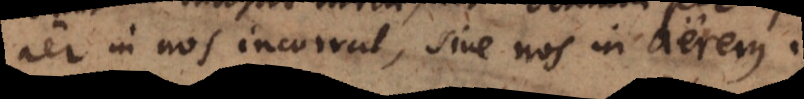
aër in nos incurrat, sive nos in aërem.